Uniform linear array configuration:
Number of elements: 64
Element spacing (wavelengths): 1
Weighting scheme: blackman
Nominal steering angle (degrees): -60
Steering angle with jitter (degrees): -60.991
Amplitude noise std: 0.05
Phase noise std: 0.05

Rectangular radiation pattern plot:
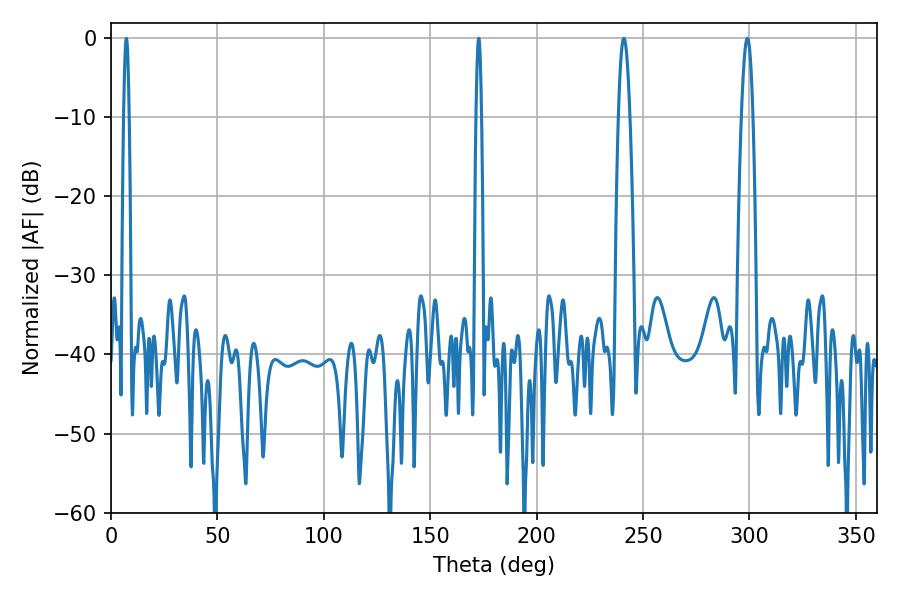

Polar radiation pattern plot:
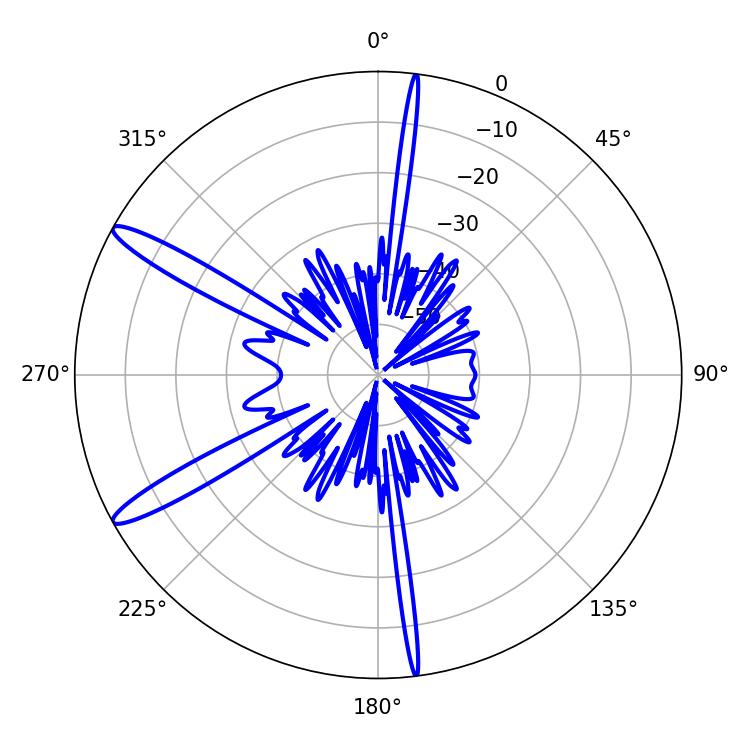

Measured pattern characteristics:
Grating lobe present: TRUE
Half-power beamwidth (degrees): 1.44
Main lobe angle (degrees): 7.2